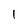
Character: 1